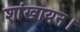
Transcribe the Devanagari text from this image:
शांखायन।